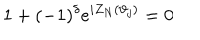
LaTeX: 1 + ( - 1 ) ^ { \delta } e ^ { i Z _ { N } ( \vartheta _ { j } ) } = 0